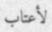
لأعتاب